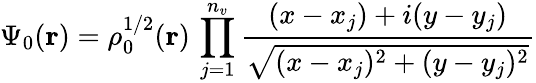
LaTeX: \Psi_{0}(\mathbf{r})=\rho_{0}^{1/2}(\mathbf{r})\, \prod_{j=1}^{n_{v}}{\frac{(x-x_{j})+i(y-y_{j})}{\sqrt{(x-x_{j})^{2}+(y-y_{j})^{2}}}}